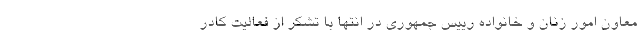
معاون امور زنان و خانواده رییس جمهوری در انتها با تشکر از فعالیت کادر